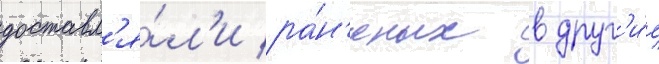
доставл'я́л'и ра́н'еных в друг'и́е